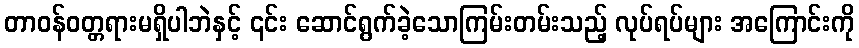
တာဝန်ဝတ္တရားမရှိပါဘဲနှင့် ၎င်း ဆောင်ရွက်ခဲ့သောကြမ်းတမ်းသည့် လုပ်ရပ်များ အကြောင်းကို